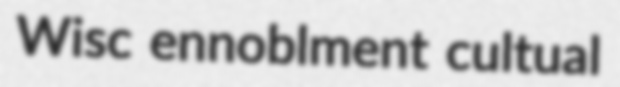
Wisc ennoblment cultual